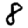
Digit: 8